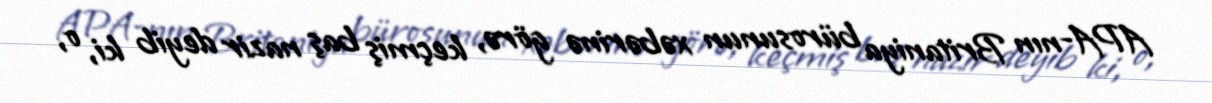
APA-nın Britaniya bürosunun xəbərinə görə, keçmiş baş nazir deyib ki, o,